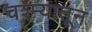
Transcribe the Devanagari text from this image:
चश्म्यातून